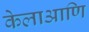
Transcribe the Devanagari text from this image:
केलाआणि